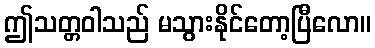
ဤသတ္တဝါသည် မသွားနိုင်တော့ပြီလော။